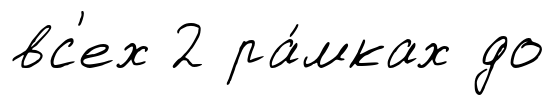
вс'ех 2 ра́мках до